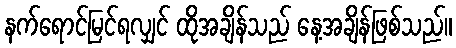
နက်ရောင်မြင်ရလျှင် ထိုအချိန်သည် နေ့အချိန်ဖြစ်သည်။